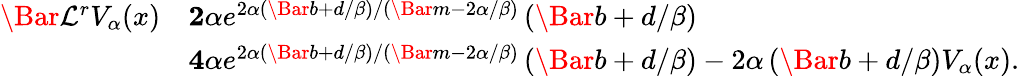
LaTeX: \begin{array}{rl}{\Bar{\mathcal{L}}^{r}V_{\alpha}(x)}&{\le 2\alpha e^{2\alpha(\Bar{b}+d/\beta)/(\Bar{m}-2\alpha/\beta)}\left(\Bar{b}+d/\beta\right)}\\ &{\le 4\alpha e^{2\alpha(\Bar{b}+d/\beta)/(\Bar{m}-2\alpha/\beta)}\left(\Bar{b}+d/\beta\right)-2\alpha\left(\Bar{b}+d/\beta\right)V_{\alpha}(x).}\end{array}